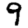
Digit: 9